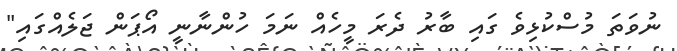
ނުވަތަ މުސްކުޅިވެ ގައި ބާރު ދެރަ މީހެއް ނަމަ ހުންނާނީ އޯޕަން ޖަލެއްގައި"